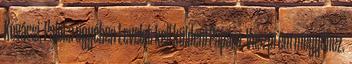
Kovácsi, Palota ügyében Levelet kell küldeni Pápára, Veszprém megyéhez.